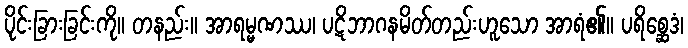
ပိုင်းခြားခြင်းကို။ တနည်း။ အာရမ္မဏဿ၊ ပဋိဘာဂနမိတ်တည်းဟူသော အာရံ၏။ ပရိစ္ဆေဒံ၊